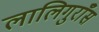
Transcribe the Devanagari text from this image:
लालिगुराँस